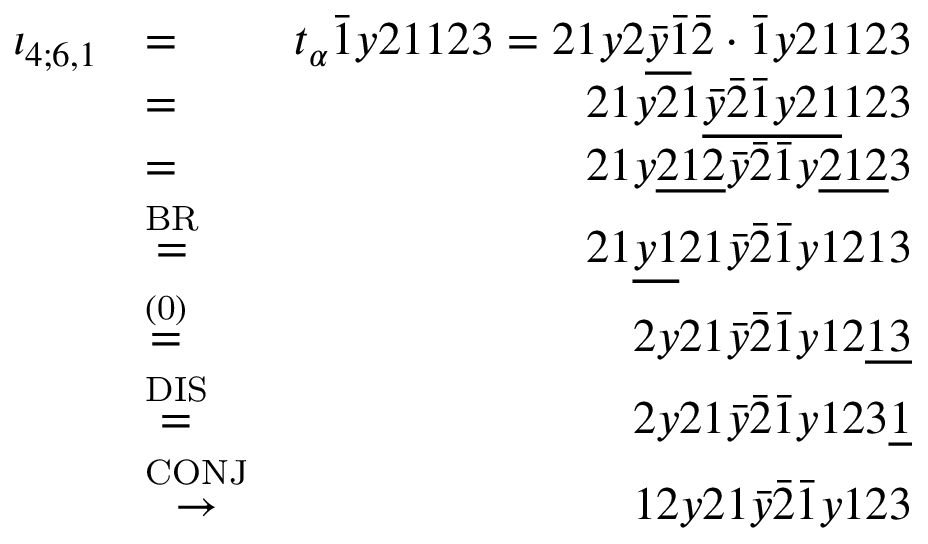
\begin{array} { r l r } { \iota _ { 4 ; 6 , 1 } } & { = } & { t _ { \alpha } \bar { 1 } y 2 1 1 2 3 = 2 1 y 2 \underline { { \bar { y } \bar { 1 } } } \bar { 2 } \cdot \bar { 1 } y 2 1 1 2 3 } \\ & { = } & { 2 1 y 2 1 \underline { { \bar { y } \bar { 2 } \bar { 1 } y 2 1 } } 1 2 3 } \\ & { = } & { 2 1 y \underline { { 2 1 2 } } \bar { y } \bar { 2 } \bar { 1 } y \underline { { 2 1 2 } } 3 } \\ & { \stackrel { \mathrm { B R } } { = } } & { 2 1 \underline { { y 1 } } 2 1 \bar { y } \bar { 2 } \bar { 1 } y 1 2 1 3 } \\ & { \stackrel { \mathrm { ( 0 ) } } { = } } & { 2 y 2 1 \bar { y } \bar { 2 } \bar { 1 } y 1 2 \underline { { 1 3 } } } \\ & { \stackrel { \mathrm { D I S } } { = } } & { 2 y 2 1 \bar { y } \bar { 2 } \bar { 1 } y 1 2 3 \underline { { 1 } } } \\ & { \stackrel { \mathrm { C O N J } } { \to } } & { 1 2 y 2 1 \bar { y } \bar { 2 } \bar { 1 } y 1 2 3 } \end{array}